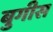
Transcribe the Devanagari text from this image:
बुगीस